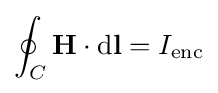
\oint _{C}\mathbf {H} \cdot \mathrm {d} \mathbf {l} =I_{\mathrm {enc} }